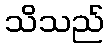
သိသည်